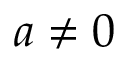
a \ne 0